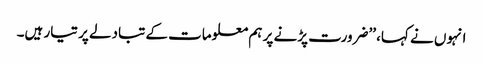
انہوں نے کہا، ’’ضرورت پڑنے پر ہم معلومات کے تبادلے پر تیار ہیں۔